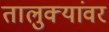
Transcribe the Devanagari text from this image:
तालुक्यांवर